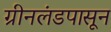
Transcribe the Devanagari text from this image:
ग्रीनलंडपासून